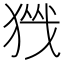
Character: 𪻀